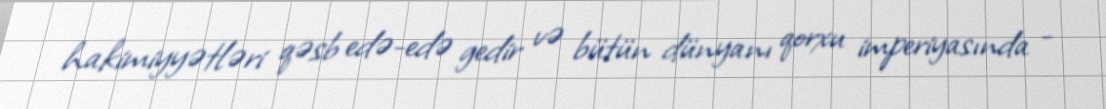
hakimiyyətləri qəsb edə-edə gedir və bütün dünyanı qorxu imperiyasında -